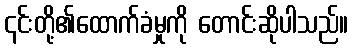
၎င်းတို့၏ထောက်ခံမှုကို တောင်းဆိုပါသည်။